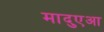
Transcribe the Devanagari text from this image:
मादुएआ